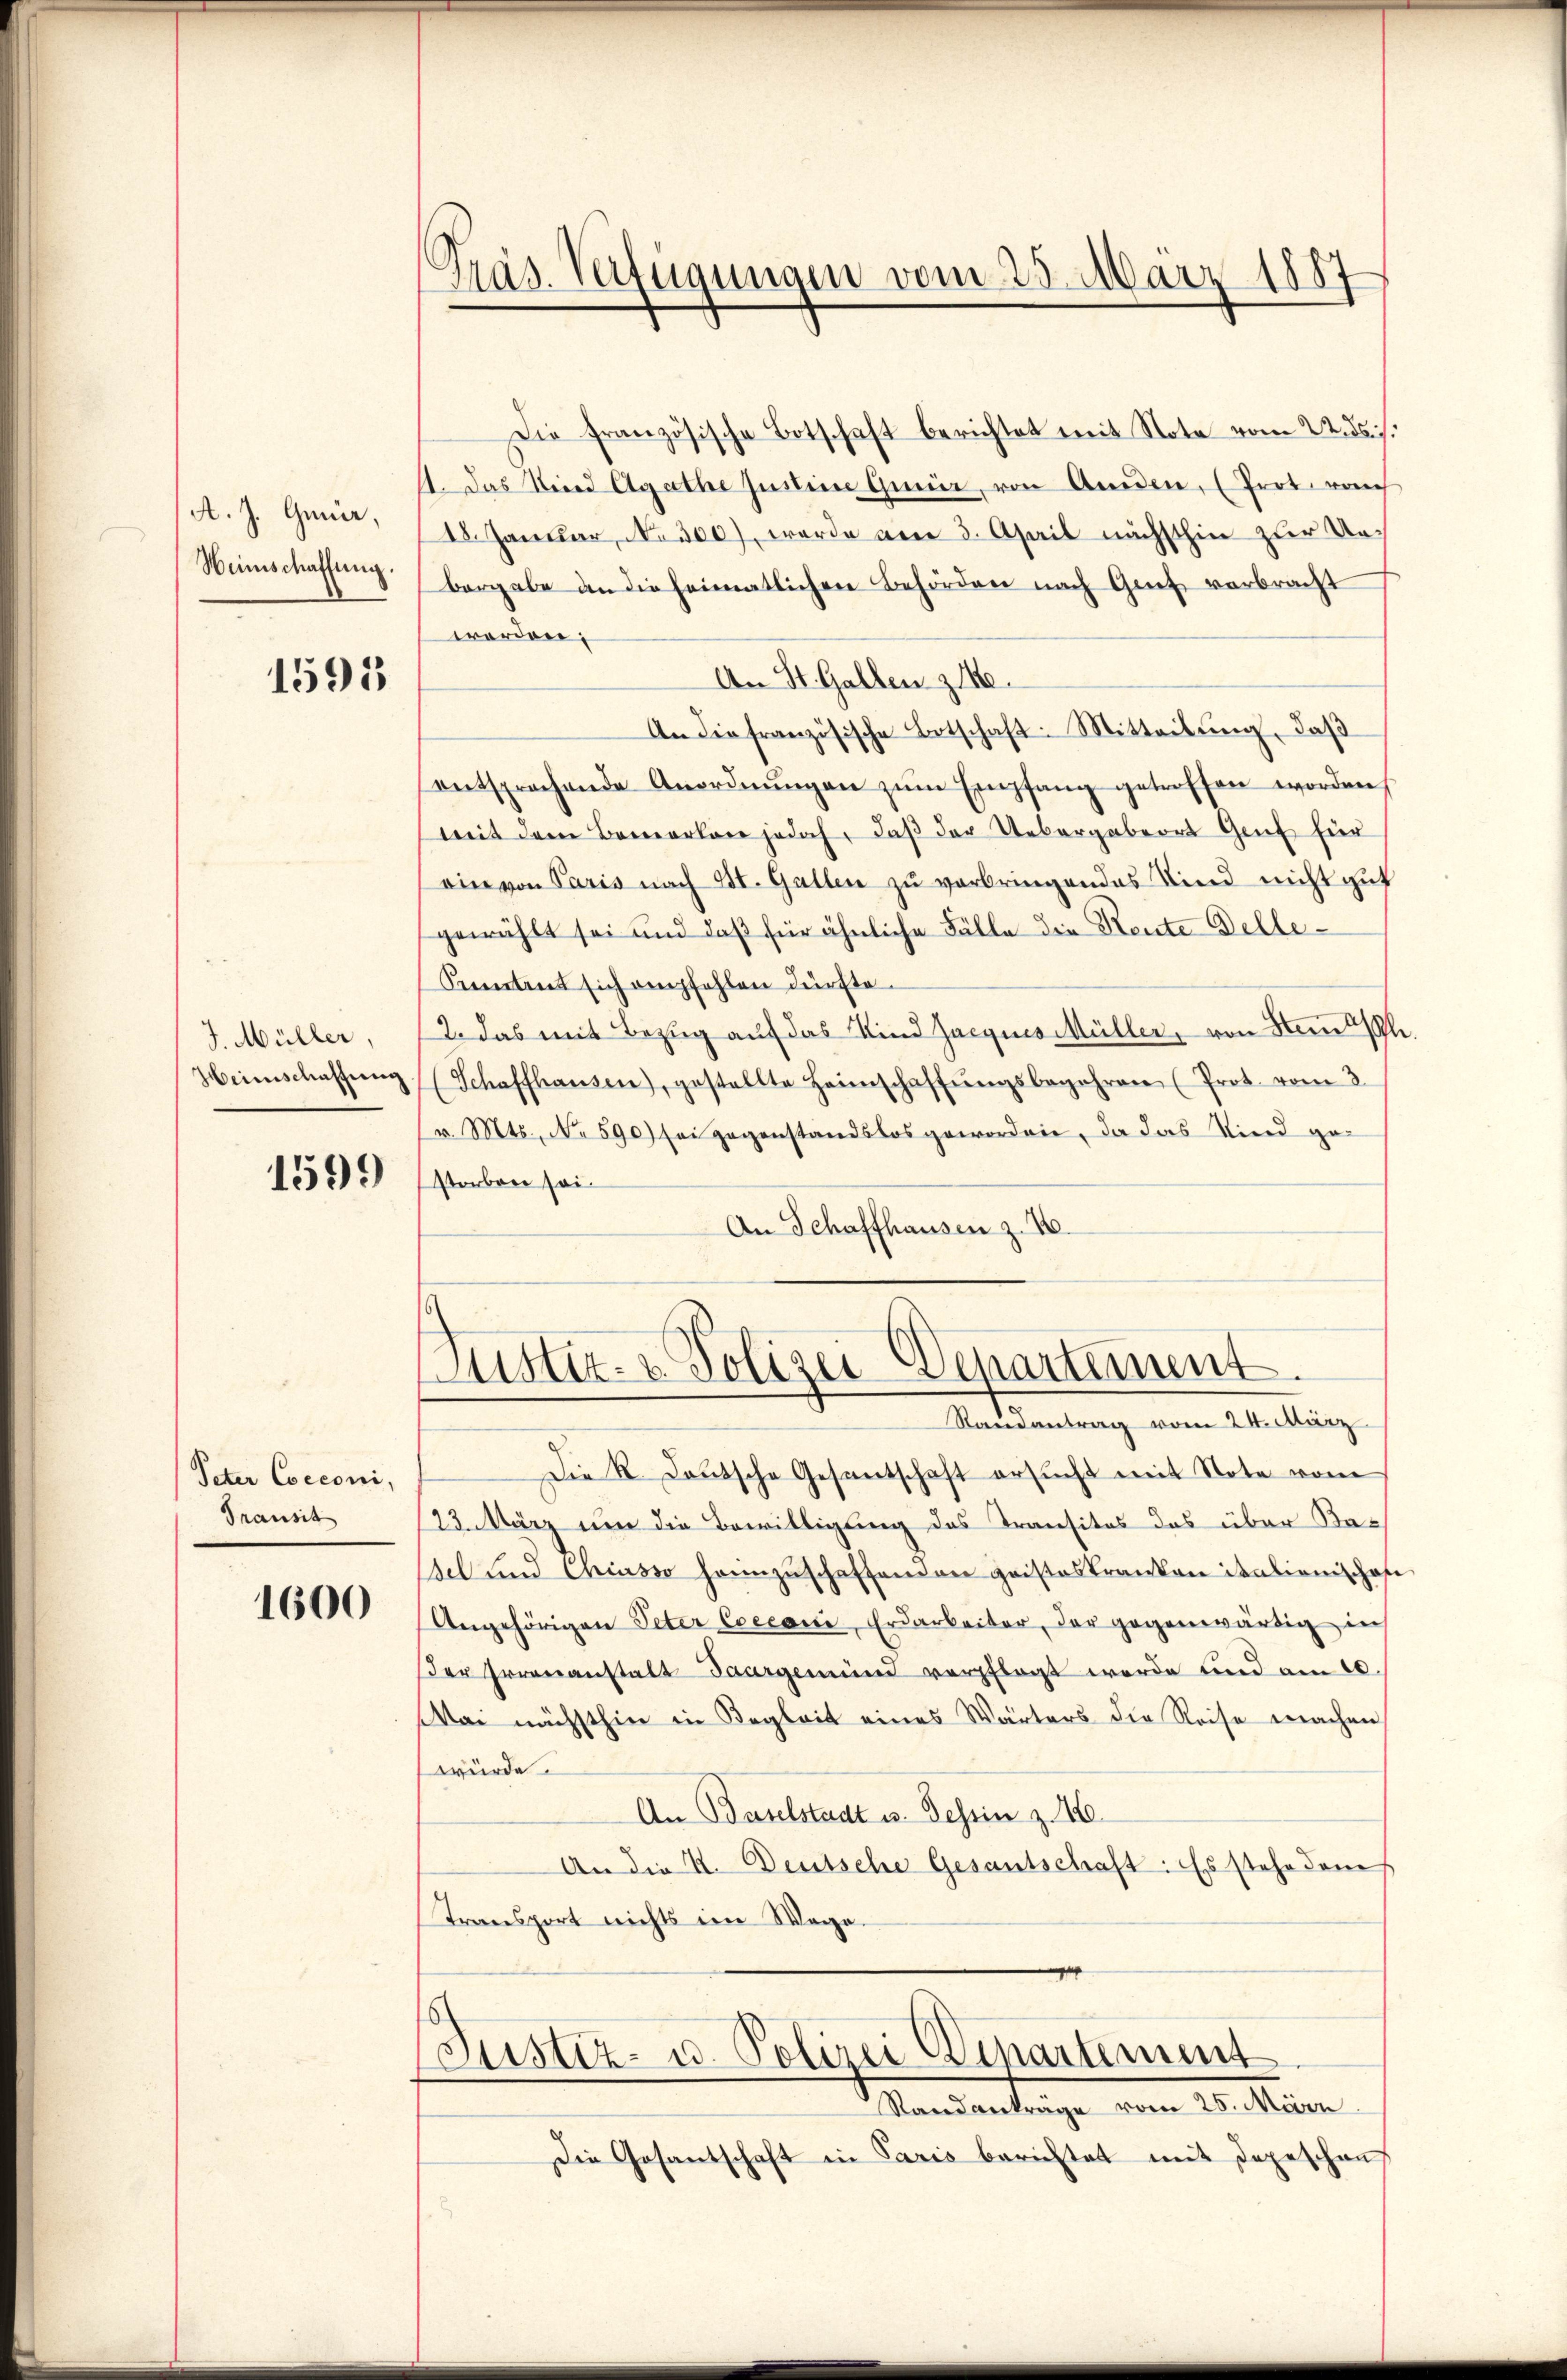
A. J. Gmür,
Winschaffung.

1595

J. Müller,
Heimschaffung

1599

Peter Cocconi,
Transit

1600

Präs. Verfügungen vom 25. März 1887

Die französische Botschaft berichtet mit Note vom 2. ds.
11. Das Kind Agathe Justime Gmeir, von Amden, (Prot. rauch
18. Januar, No 300), worde am 3. April nächsthin zur Unbergabe an die heimatlichen Behörden nach Grief vorbracht
werden.
An St. Gallen zie
An die französische Botschaft: Mitteilung, daß
entsprechende Anordnŭngen zum Empfang getroffen worden,
mit dem Bemerken jedoch, daβ der Uebergabeort Genf hier
ein von Paris nach St. Gallen zu verbringendes Kind nicht gut
gewählt sei und daß für ähnliche Fälle die Rente Delle¬
Kientent sich empfehlen dürfte.
2. Das mit Bezug auf das Kind Jacques Müller, von Stem h.
(Schaffhausen), gestellte Heimschaffŭngsbegehren (Prot. vom 3.
v. Mts., No 590) sei gegenstandslos geworden, da das Kind gestorben sei.
An Schaffhausen z. 16.

ustiz- & Polizei Departement.
Raisantrag vom 24. März

s
Justiz- u. Polizei Departement
Stand anträge vom 25. März

Die Gesantschaft in Paris berichtet mit Depeschens

Die R. Deutsche Gesantschaft ersŭcht mit Note vom
23. März um die Bewilligung des Transitos das über Kasel und Chiasso heimzuschaffenden geisteskranken italienischaf
Angehörigen Peter Coecani, Erdarbeiter, der gegenwärtig in
der Irrenanstalt Saargemünd verpflegt werde und am 10.
War nächsthin in Begleit eines Wärters die Reise machen
würde.
An Baselstadt u. Tessin z. B.
An die K. Deutsche Gesantschaft: Es stehe dans
Transport nichts im Wege.